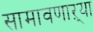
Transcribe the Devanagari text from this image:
सामावणाऱ्या